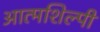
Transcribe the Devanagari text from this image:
आत्‍मशिल्‍पी